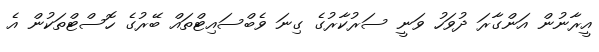
އީރާނުން އަންގާރަ ދުވަހު ވަނީ ސަރުކާރުގެ ގިނަ ވެބްސައިޓްތައް ބޭރުގެ ހޮސްޓްތަކުން އެ